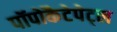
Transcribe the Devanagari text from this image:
पॉपोकैटेपेट्ल